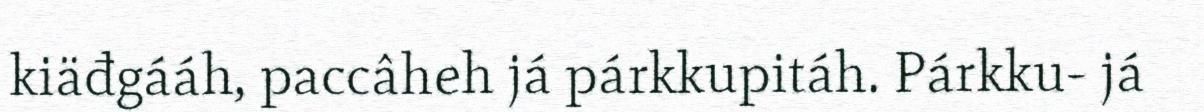
kiäđgááh, paccâheh já párkkupitáh. Párkku- já